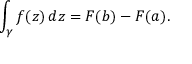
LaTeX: \int _ { \gamma } f ( z ) \, d z = F ( b ) - F ( a ) .